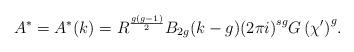
LaTeX: \begin{align*} A^{*}= A^*(k)= {R}^{\frac{g(g-1)}{2}} B_{2g}(k-g) {(2 \pi i )}^{sg}{G\left({\chi'}\right)}^g. \end{align*}